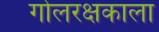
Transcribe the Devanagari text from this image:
गोलरक्षकाला